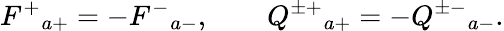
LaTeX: F^{+}{}_{a+}=-F^{-}{}_{a-},\qquad Q^{\pm+}{}_{a+}=-Q^{\pm-}{}_{a-}.